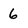
Character: 6